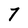
Character: 7